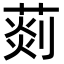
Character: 𦵹